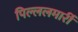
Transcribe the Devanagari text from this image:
पिल्‍ललमार्री